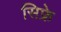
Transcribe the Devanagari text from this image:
सिफ्रे